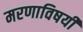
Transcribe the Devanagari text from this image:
मरणाविषयीं